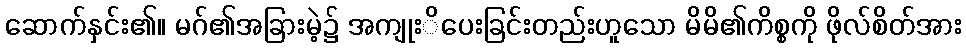
ဆောက်နှင်း၏။ မဂ်၏အခြားမဲ့၌ အကျုးိပေးခြင်းတည်းဟူသော မိမိ၏ကိစ္စကို ဖိုလ်စိတ်အား